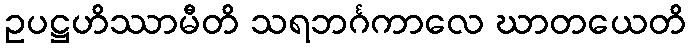
ဥပဋ္ဌဟိဿာမီတိ သရဘင်္ဂကာလေ ဃာတယေတိ